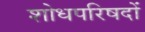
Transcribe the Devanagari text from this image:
शोधपरिषदों